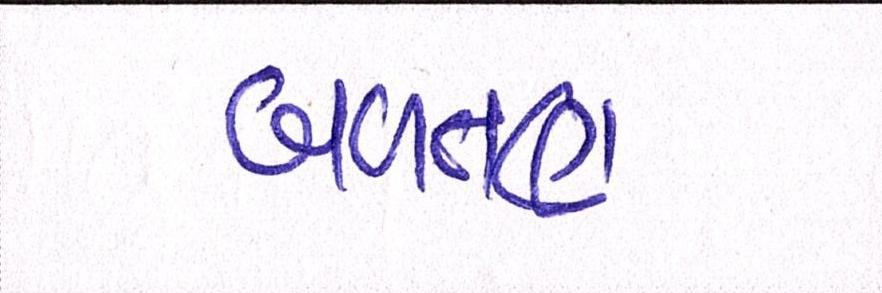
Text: બળતણ